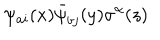
\psi _ { a i } ( x ) \bar { \psi } _ { b j } ( y ) \sigma ^ { \alpha } ( z )